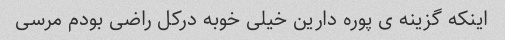
اینکه گزینه ی پوره دارین خیلی خوبه درکل راضی بودم مرسی